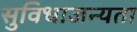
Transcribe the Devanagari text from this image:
सुविधाजन्यता